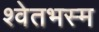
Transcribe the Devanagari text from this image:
श्वेतभस्म